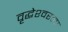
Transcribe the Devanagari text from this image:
वृद्धेश्‍वरला